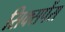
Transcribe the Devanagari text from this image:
सिक्सपेंस